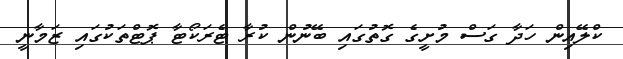
ކްލޭއިން ހަދާ ގަސް މުށީގެ ގޮތުގައި ބޭނުން ކުރާ ޓެރަކޯޓާ ޕޮޓްތަކުގައި ޒަމާނީ